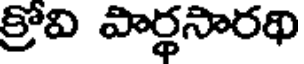
క్రోవి పార్థసారథి